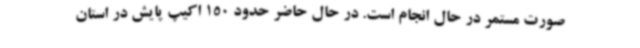
صورت مستمر در حال انجام است. در حال حاضر حدود 150 اکیپ پایش در استان